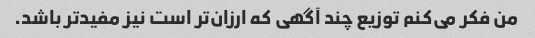
من فکر می‌کنم توزیع چند آگهی که ارزان‌تر است نیز مفیدتر باشد.